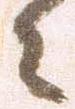
々